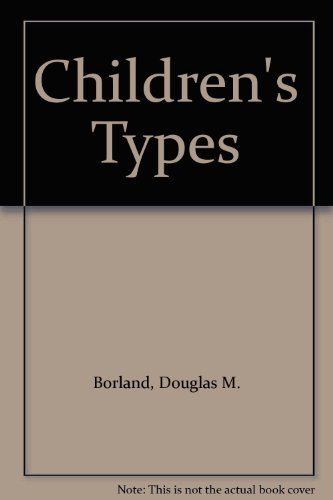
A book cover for Children's Types; Douglas M. Borland; Parenting & Relationships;